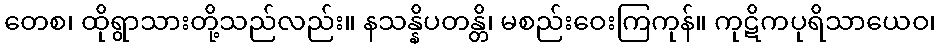
တေစ၊ ထိုရွာသားတို့သည်လည်း။ နသန္နိပတန္တိ၊ မစည်းဝေးကြကုန်။ ကုဋိကပုရိသာယေဝ၊